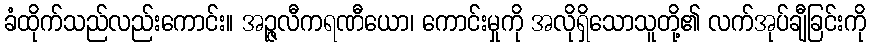
ခံထိုက်သည်လည်းကောင်း။ အဉ္ဇလီကရဏီယော၊ ကောင်းမှုကို အလိုရှိသောသူတို့၏ လက်အုပ်ချီခြင်းကို